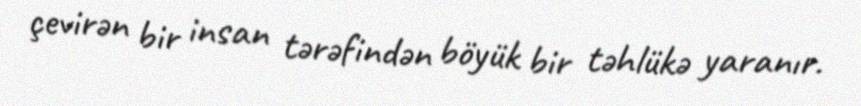
çevirən bir insan tərəfindən böyük bir təhlükə yaranır.